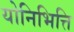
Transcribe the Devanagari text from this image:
योनिभित्ति